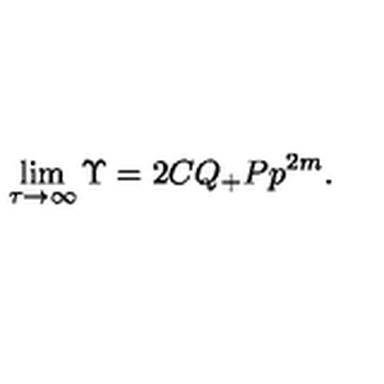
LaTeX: \lim _ { \tau \rightarrow \infty } \Upsilon = 2 C Q _ { + } P { p } ^ { 2 m } .